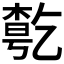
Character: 𠄃